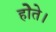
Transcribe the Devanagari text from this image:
होेते।